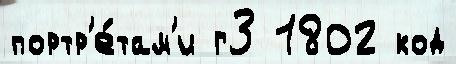
портр'е́там'и г3 1802 код